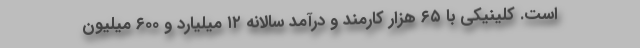
است. کلینیکی با ۶۵ هزار کارمند و درآمد سالانه ۱۲ میلیارد و ۶۰۰ میلیون